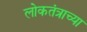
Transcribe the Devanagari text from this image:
लोकतंत्राच्या